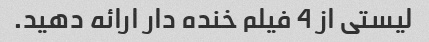
لیستی از 4 فیلم خنده دار ارائه دهید.